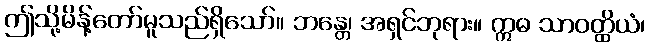
ဤသို့မိန့်တော်မူသည်ရှိသော်။ ဘန္တေ၊ အရှင်ဘုရား။ ဣဓ သာဝတ္ထိယံ၊